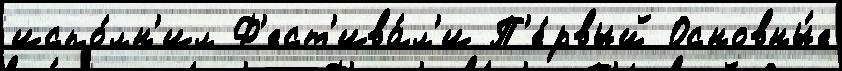
испо́лн'ил Ф'ест'ива́л'и П'е́рвый Основны́е